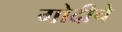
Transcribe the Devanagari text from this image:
गोदीचे